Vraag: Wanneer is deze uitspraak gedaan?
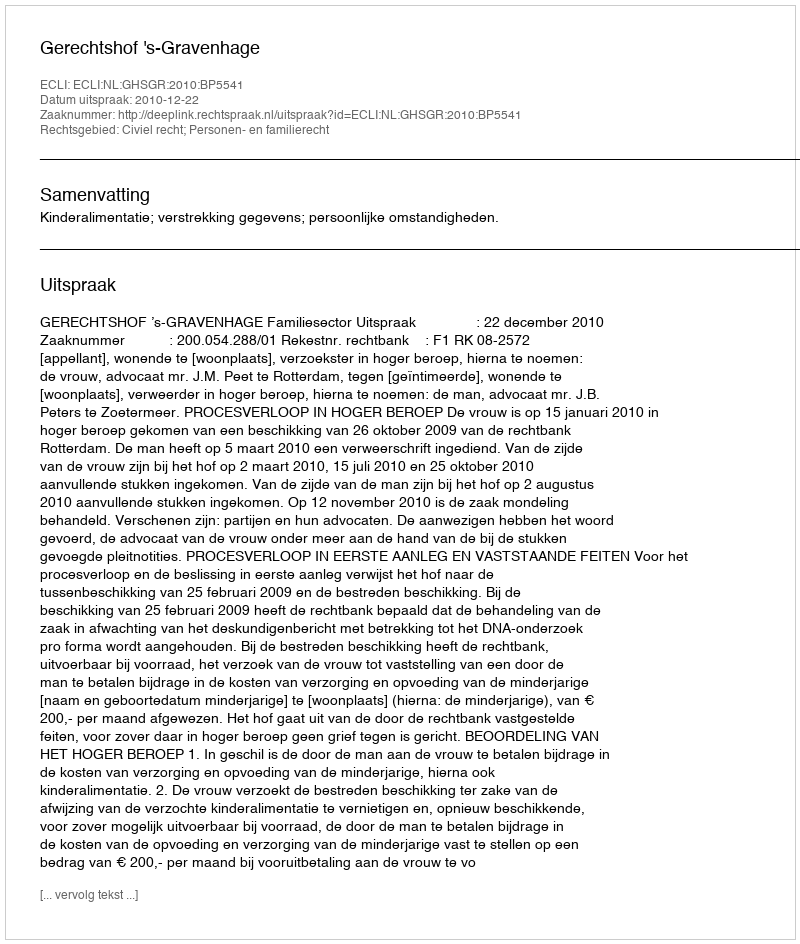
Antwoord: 2010-12-22